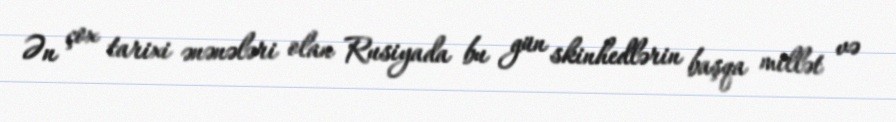
Ən çox tarixi ənənələri olan Rusiyada bu gün skinhedlərin başqa millət və